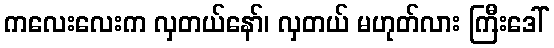
ကလေးလေးက လှတယ်နော်၊ လှတယ် မဟုတ်လား ကြီးဒေါ်